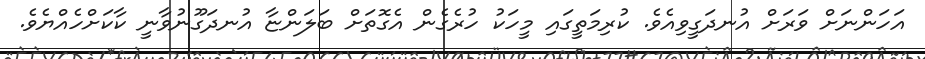
އަހަންނަށް ވަރަށް އުނދަގީވިއެވެ. ކުރިމަތީގައި މީހަކު ހުރެގެން އެގޮތަށް ބަލަންޏާ އުނދަގޫނުވާނީ ކާކަށްހެއްޔެވެ.